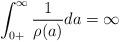
LaTeX: \begin{align*}\int_{0+}^{\infty}\frac{1}{\rho(a)}da=\infty\end{align*}